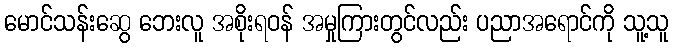
မောင်သန်းဆွေ ဘေးလူ အစိုးရဝန် အမှုကြားတွင်လည်း ပညာအရောင်ကို သူ့သူ